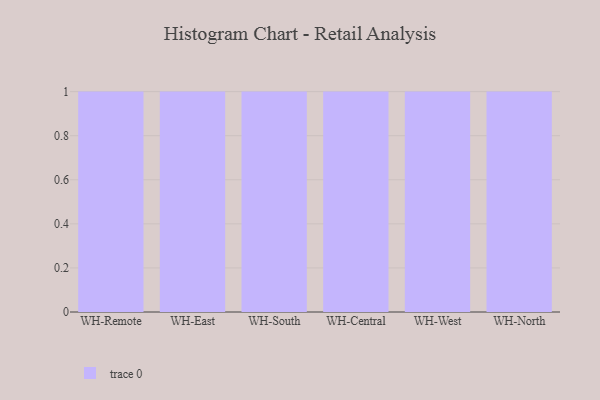
{"axis": {"x": "Warehouse", "y": "Backlog"}, "legend": [""], "data": [{"x": "WH-Remote", "y": 11, "type": ""}, {"x": "WH-East", "y": 29, "type": ""}, {"x": "WH-South", "y": 68, "type": ""}, {"x": "WH-Central", "y": 48, "type": ""}, {"x": "WH-West", "y": 27, "type": ""}, {"x": "WH-North", "y": 21, "type": ""}]}